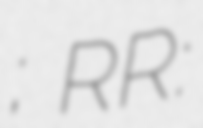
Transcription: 나; RR: